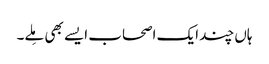
ہاں چند ایک اصحاب ایسے بھی مِلے۔